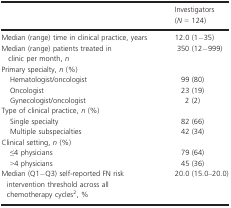
|  | Investigators (N = 124) |
 | --- | --- |
 | Median (range) time in clinical practice, years | 12.0 (1−35) |
 | Median (range) patients treated in clinic per month, n | 350 (12−999) |
 | <COLSPAN=2> Primary specialty, n (%) |
 | Hematologist/oncologist | 99 (80) |
 | Oncologist | 23 (19) |
 | Gynecologist/oncologist | 2 (2) |
 | <COLSPAN=2> Type of clinical practice, n (%) |
 | Single specialty | 82 (66) |
 | Multiple subspecialties | 42 (34) |
 | <COLSPAN=2> Clinical setting, n (%) |
 | ≤4 physicians | 79 (64) |
 | >4 physicians | 45 (36) |
 | Median (Q1−Q3) self-reported FN risk intervention threshold across all chemotherapy cycles2, % | 20.0 (15.0–20.0) |